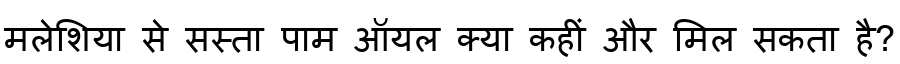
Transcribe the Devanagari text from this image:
मलेशिया से सस्ता पाम ऑयल क्या कहीं और मिल सकता है?